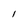
Character: 1